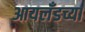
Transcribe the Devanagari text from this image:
आयलँडच्या